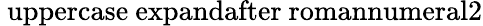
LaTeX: \mathrm{\ uppercase\ expandafter{\ romannumeral2}}